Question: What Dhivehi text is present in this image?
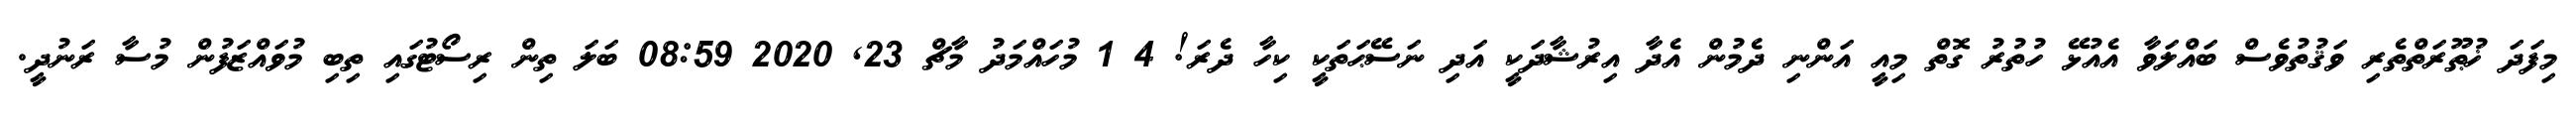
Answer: މިފަދަ ޚުޠޫރަތްތެރި ވަޤުތުވެސް ބައްލަވާ އެއުޅޭ ހުތުރު ގޮތް މިއީ އަންނި ދެމުން އެދާ އިރުޝާދަކީ އަދި ނަސޭޙަތަކީ ކިހާ ދެރަ! 4 1 މުހައްމަދު މާޗް 23, 2020 08:59 ބަލަ ތިން ރިސޯޓުގައި ތިބި މުވައްޒަފުން މުސާ ރަނުދީ.